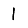
Digit: 1